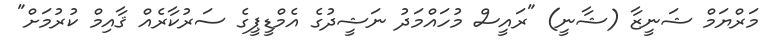
މަރްޔަމް ޝަނީޒާ (ޝާނީ) "ރައީސް މުހައްމަދު ނަޝީދުގެ އެމްޑީޕީގެ ސަރުކާރެއް ޤާއިމް ކުރުމަށް"